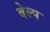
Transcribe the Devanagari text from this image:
बेल्प